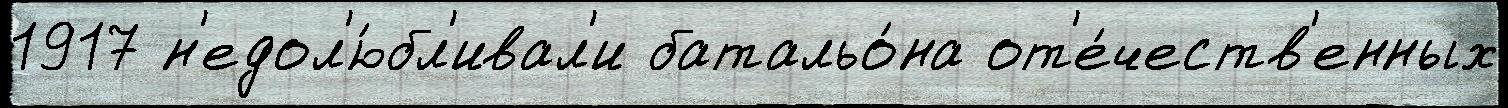
1917 н'едол'ю́бл'ивал'и батальо́на от'е́честв'енных